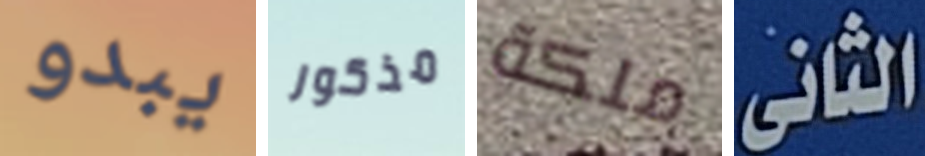
يبدو مذكور ملكة الثانى